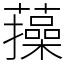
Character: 𧂈